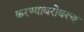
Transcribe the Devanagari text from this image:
करण्‍याबरोबरच